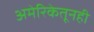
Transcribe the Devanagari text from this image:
अमेरिकेतूनही